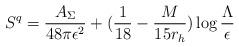
LaTeX: \begin{align*}S^q={A_\Sigma \over 48\pi \epsilon^2}+({1 \over 18}-{M \over 15r_h}) \log{\Lambda \over \epsilon}\end{align*}